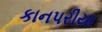
કાનપરીયા